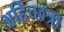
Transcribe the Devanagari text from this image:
अहिच्छत्रा